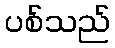
ပစ်သည်